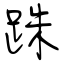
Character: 跦